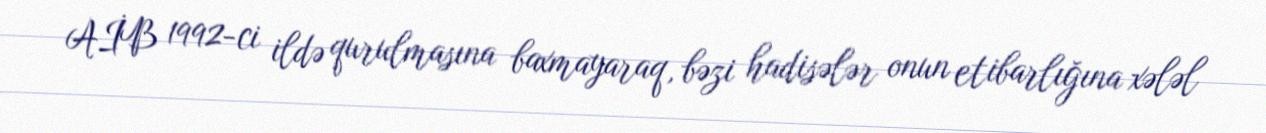
AİB 1992-ci ildə qurulmasına baxmayaraq, bəzi hadisələr onun etibarlığına xələl